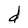
Character: d